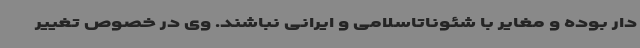
دار بوده و مغایر با شئوناتاسلامی و ایرانی نباشند. وی در خصوص تغییر